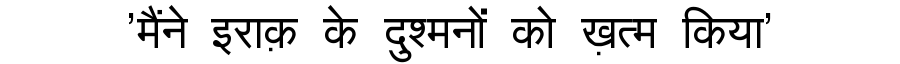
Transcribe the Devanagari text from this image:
'मैंने इराक़ के दुश्मनों को ख़त्म किया'